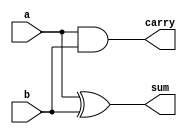
// Code your design here

module half_addr(a,b,sum,carry);
  input a,b;
  output sum,carry;
  
  assign sum   = a ^ b;
  assign carry = a & b;
  
endmodule